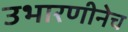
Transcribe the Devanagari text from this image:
उभारणीनेच